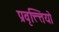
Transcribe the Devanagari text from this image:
प्रवृत्त्त्तियो